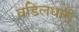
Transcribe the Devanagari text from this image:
वडिलधारी